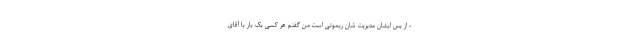
- از بس ایشان مدیریت شان ریموتی است من گفتم هر کسی یک بار با آقای